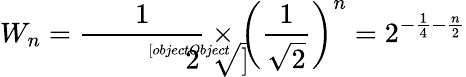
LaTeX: W_{n}={\frac{1}{\sqrt[[objectObject]]{2}}}\times\left({\frac{1}{\sqrt{2}}}\right)^{n}=2^{-{\frac{1}{4}}-{\frac{n}{2}}}